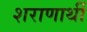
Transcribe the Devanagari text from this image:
शराणार्थी